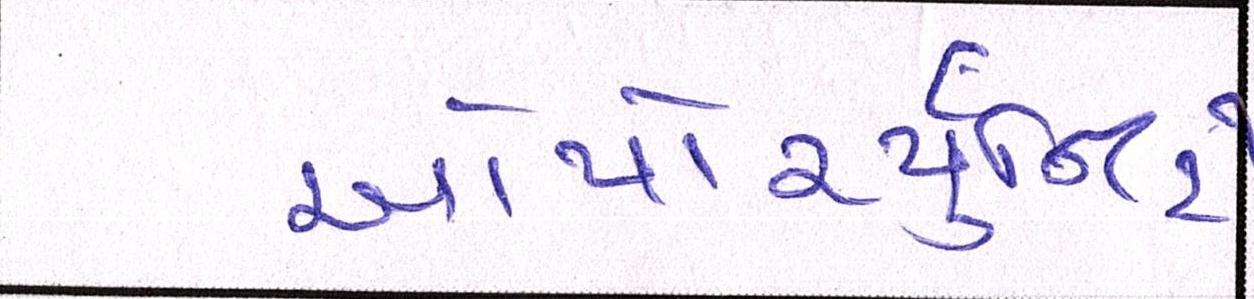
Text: ઓપોર્ચ્યુનિટી